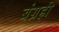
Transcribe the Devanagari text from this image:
बंग्रही